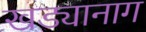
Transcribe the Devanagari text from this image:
खड्यानाग